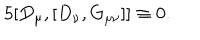
LaTeX: 5 [ D _ { \mu } , [ D _ { \nu } , G _ { \mu \nu } ] ] \equiv 0 .